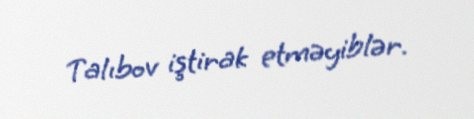
Talıbov iştirak etməyiblər.